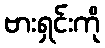
ဗားရှင်းကို